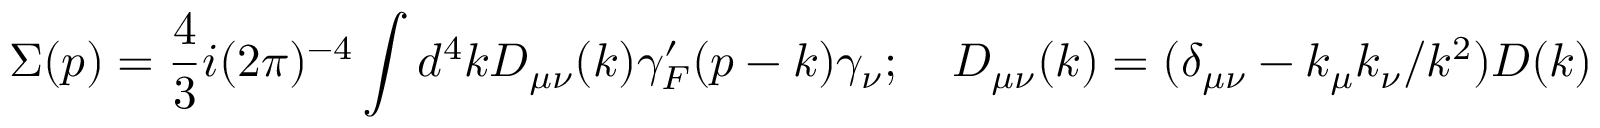
\Sigma ( p ) = { \frac { 4 } { 3 } } i ( 2 \pi ) ^ { - 4 } \int d ^ { 4 } k D _ { \mu \nu } ( k ) \gamma _ { F } ^ { \prime } ( p - k ) \gamma _ { \nu } ; \quad D _ { \mu \nu } ( k ) = ( \delta _ { \mu \nu } - k _ { \mu } k _ { \nu } / k ^ { 2 } ) D ( k )